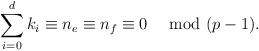
LaTeX: \begin{align*}\sum_{i=0}^dk_i\equiv n_e\equiv n_f\equiv 0\quad\mbox{ mod }(p-1).\end{align*}